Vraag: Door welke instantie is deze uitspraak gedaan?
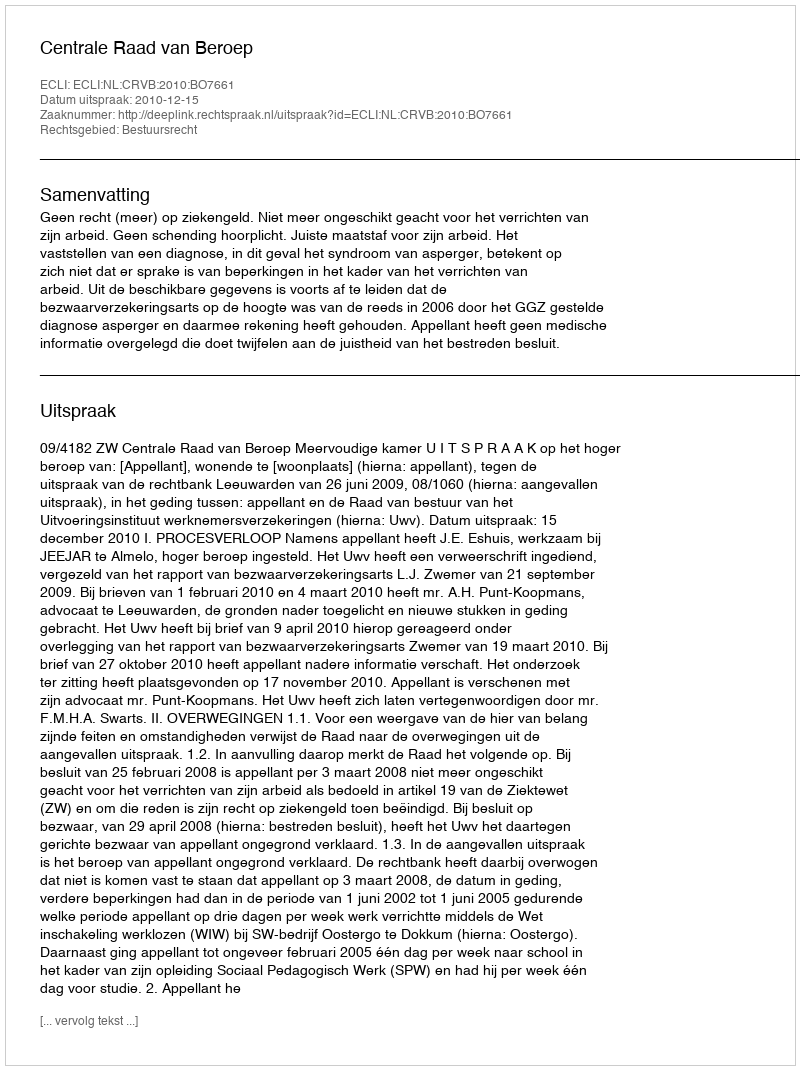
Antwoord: Centrale Raad van Beroep